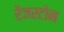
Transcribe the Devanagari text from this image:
रेंजरटोन